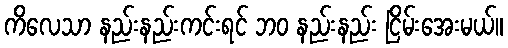
ကိလေသာ နည်းနည်းကင်းရင် ဘဝ နည်းနည်း ငြိမ်းအေးမယ်။